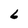
Character: 6